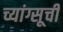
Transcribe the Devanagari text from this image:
च्यांग्सूची